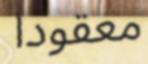
معقودا